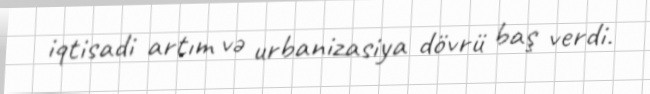
iqtisadi artım və urbanizasiya dövrü baş verdi.